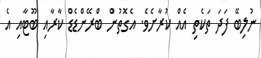
ނުލިބޭ ފަދަ ތަކެތި އެއް ކުރާށެވެ. އެގޮތުން ބްރޭންޑެޑް ކާރާއި ބޫޓާއި އެ